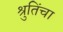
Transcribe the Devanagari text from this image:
श्रुतिंचा